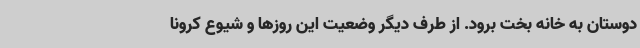
دوستان به خانه بخت برود. از طرف دیگر وضعیت این روزها و شیوع کرونا